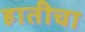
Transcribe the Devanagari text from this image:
हातीचा